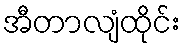
အီတာလျံထိုင်း